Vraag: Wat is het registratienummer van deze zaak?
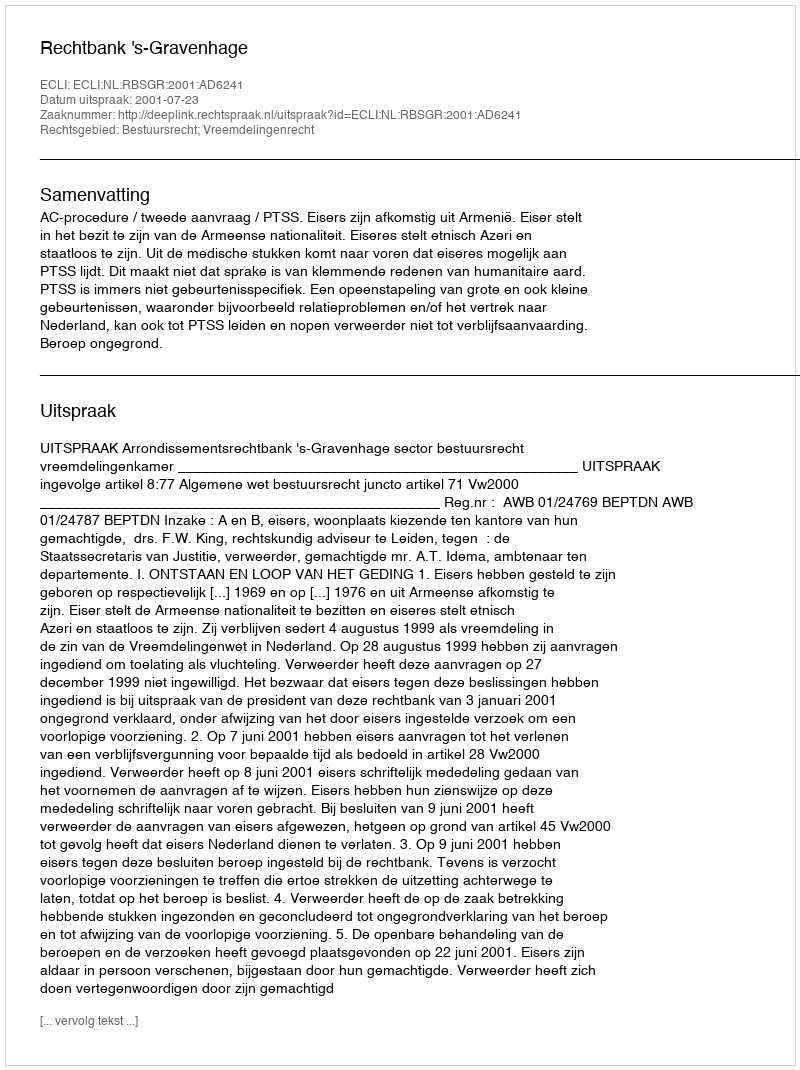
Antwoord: http://deeplink.rechtspraak.nl/uitspraak?id=ECLI:NL:RBSGR:2001:AD6241